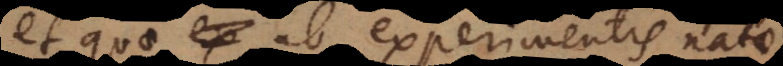
et quae ab experimentis natae